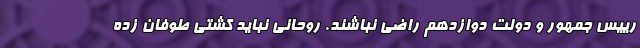
رییس جمهور و دولت دوازدهم راضی نباشند. روحانی نباید کشتی طوفان زده